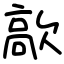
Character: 歊